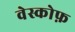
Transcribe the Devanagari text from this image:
वेस्कोफ़